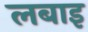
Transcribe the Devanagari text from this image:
लबाइ